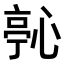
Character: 𭝵